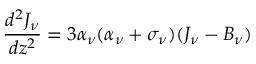
{ \frac { d ^ { 2 } J _ { \nu } } { d z ^ { 2 } } } = 3 \alpha _ { \nu } ( \alpha _ { \nu } + \sigma _ { \nu } ) ( J _ { \nu } - B _ { \nu } )